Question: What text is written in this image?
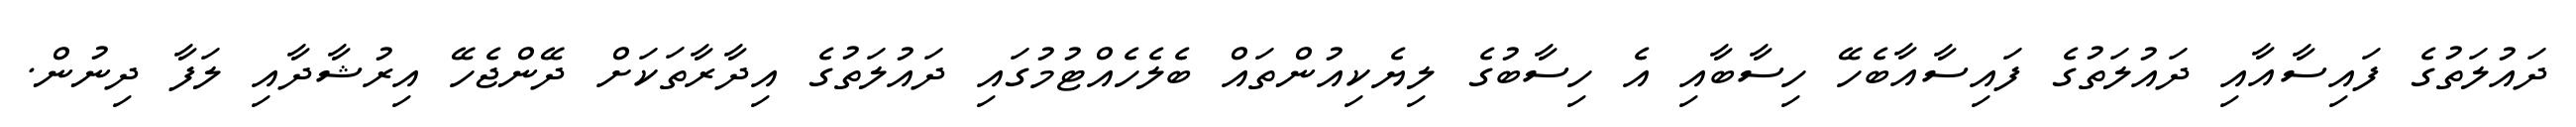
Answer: ދައުލަތުގެ ފައިސާއާއި ދައުލަތުގެ ފައިސާއާބެހޭ ހިސާބާއި އެ ހިސާބުގެ ލިޔެކިއުންތައް ބެލެހެއްޓުމުގައި ދައުލަތުގެ އިދާރާތަކަށް ދޭންޖެހޭ އިރުޝާދާއި ލަފާ ދިނުން.